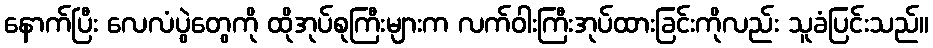
နောက်ပြီး လေလံပွဲတွေကို ထိုအုပ်စုကြီးများက လက်ဝါးကြီးအုပ်ထားခြင်းကိုလည်း သူခံပြင်းသည်။